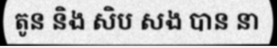
តូន និង សិប សង បាន នា